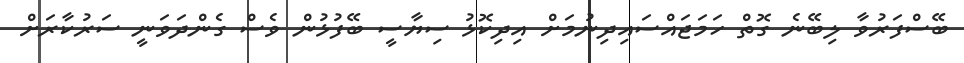
ބޭސްފަރުވާ ލިބޭނެ ގޮތް ހަމަޖައްސައިދިނުމަށް އިދިކޮޅު ސިޔާސީ ބޭފުޅުން ވެސް ގެންދަވަނީ ސަރުކާރަށް